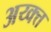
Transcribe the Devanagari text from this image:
अय्क्त्त